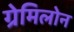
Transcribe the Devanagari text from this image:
ग्रेमिलोन